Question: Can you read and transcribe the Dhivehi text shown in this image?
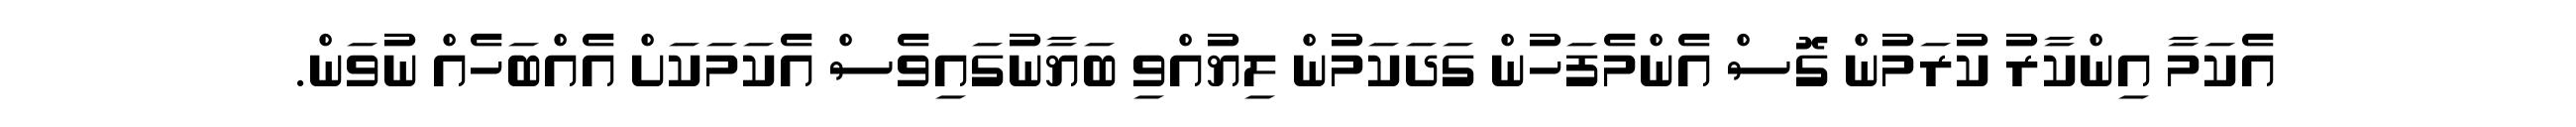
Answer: އެކަމާ އިންކާރު ކުރަމުން ގޮސް އެންމެފަހުން ގަދަކަމުން ލިޔުއްވި ބަޔާނުގައިވެސް އެކަމަކަށް އެއްބަހެއް ނުވަން.